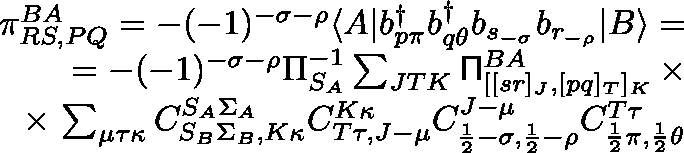
\begin{array} { r l r } & { } & { \pi _ { R S , P Q } ^ { B A } = - ( - 1 ) ^ { - \sigma - \rho } \langle A | b _ { p \pi } ^ { \dagger } b _ { q \theta } ^ { \dagger } b _ { s _ { - \sigma } } b _ { r _ { - \rho } } | B \rangle = } \\ & { } & { = - ( - 1 ) ^ { - \sigma - \rho } \Pi _ { S _ { A } } ^ { - 1 } \sum _ { J T K } \mathsf { \Pi } _ { [ [ s r ] _ { J } , [ p q ] _ { T } ] _ { K } } ^ { B A } \, \times } \\ & { } & { \times \, \sum _ { \mu \tau \kappa } C _ { S _ { B } \Sigma _ { B } , K \kappa } ^ { S _ { A } \Sigma _ { A } } C _ { T \tau , J - \mu } ^ { K \kappa } C _ { \frac { 1 } { 2 } - \sigma , \frac { 1 } { 2 } - \rho } ^ { J - \mu } C _ { \frac { 1 } { 2 } \pi , \frac { 1 } { 2 } \theta } ^ { T \tau } } \end{array}